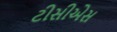
ટીસીએસ